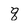
Character: q